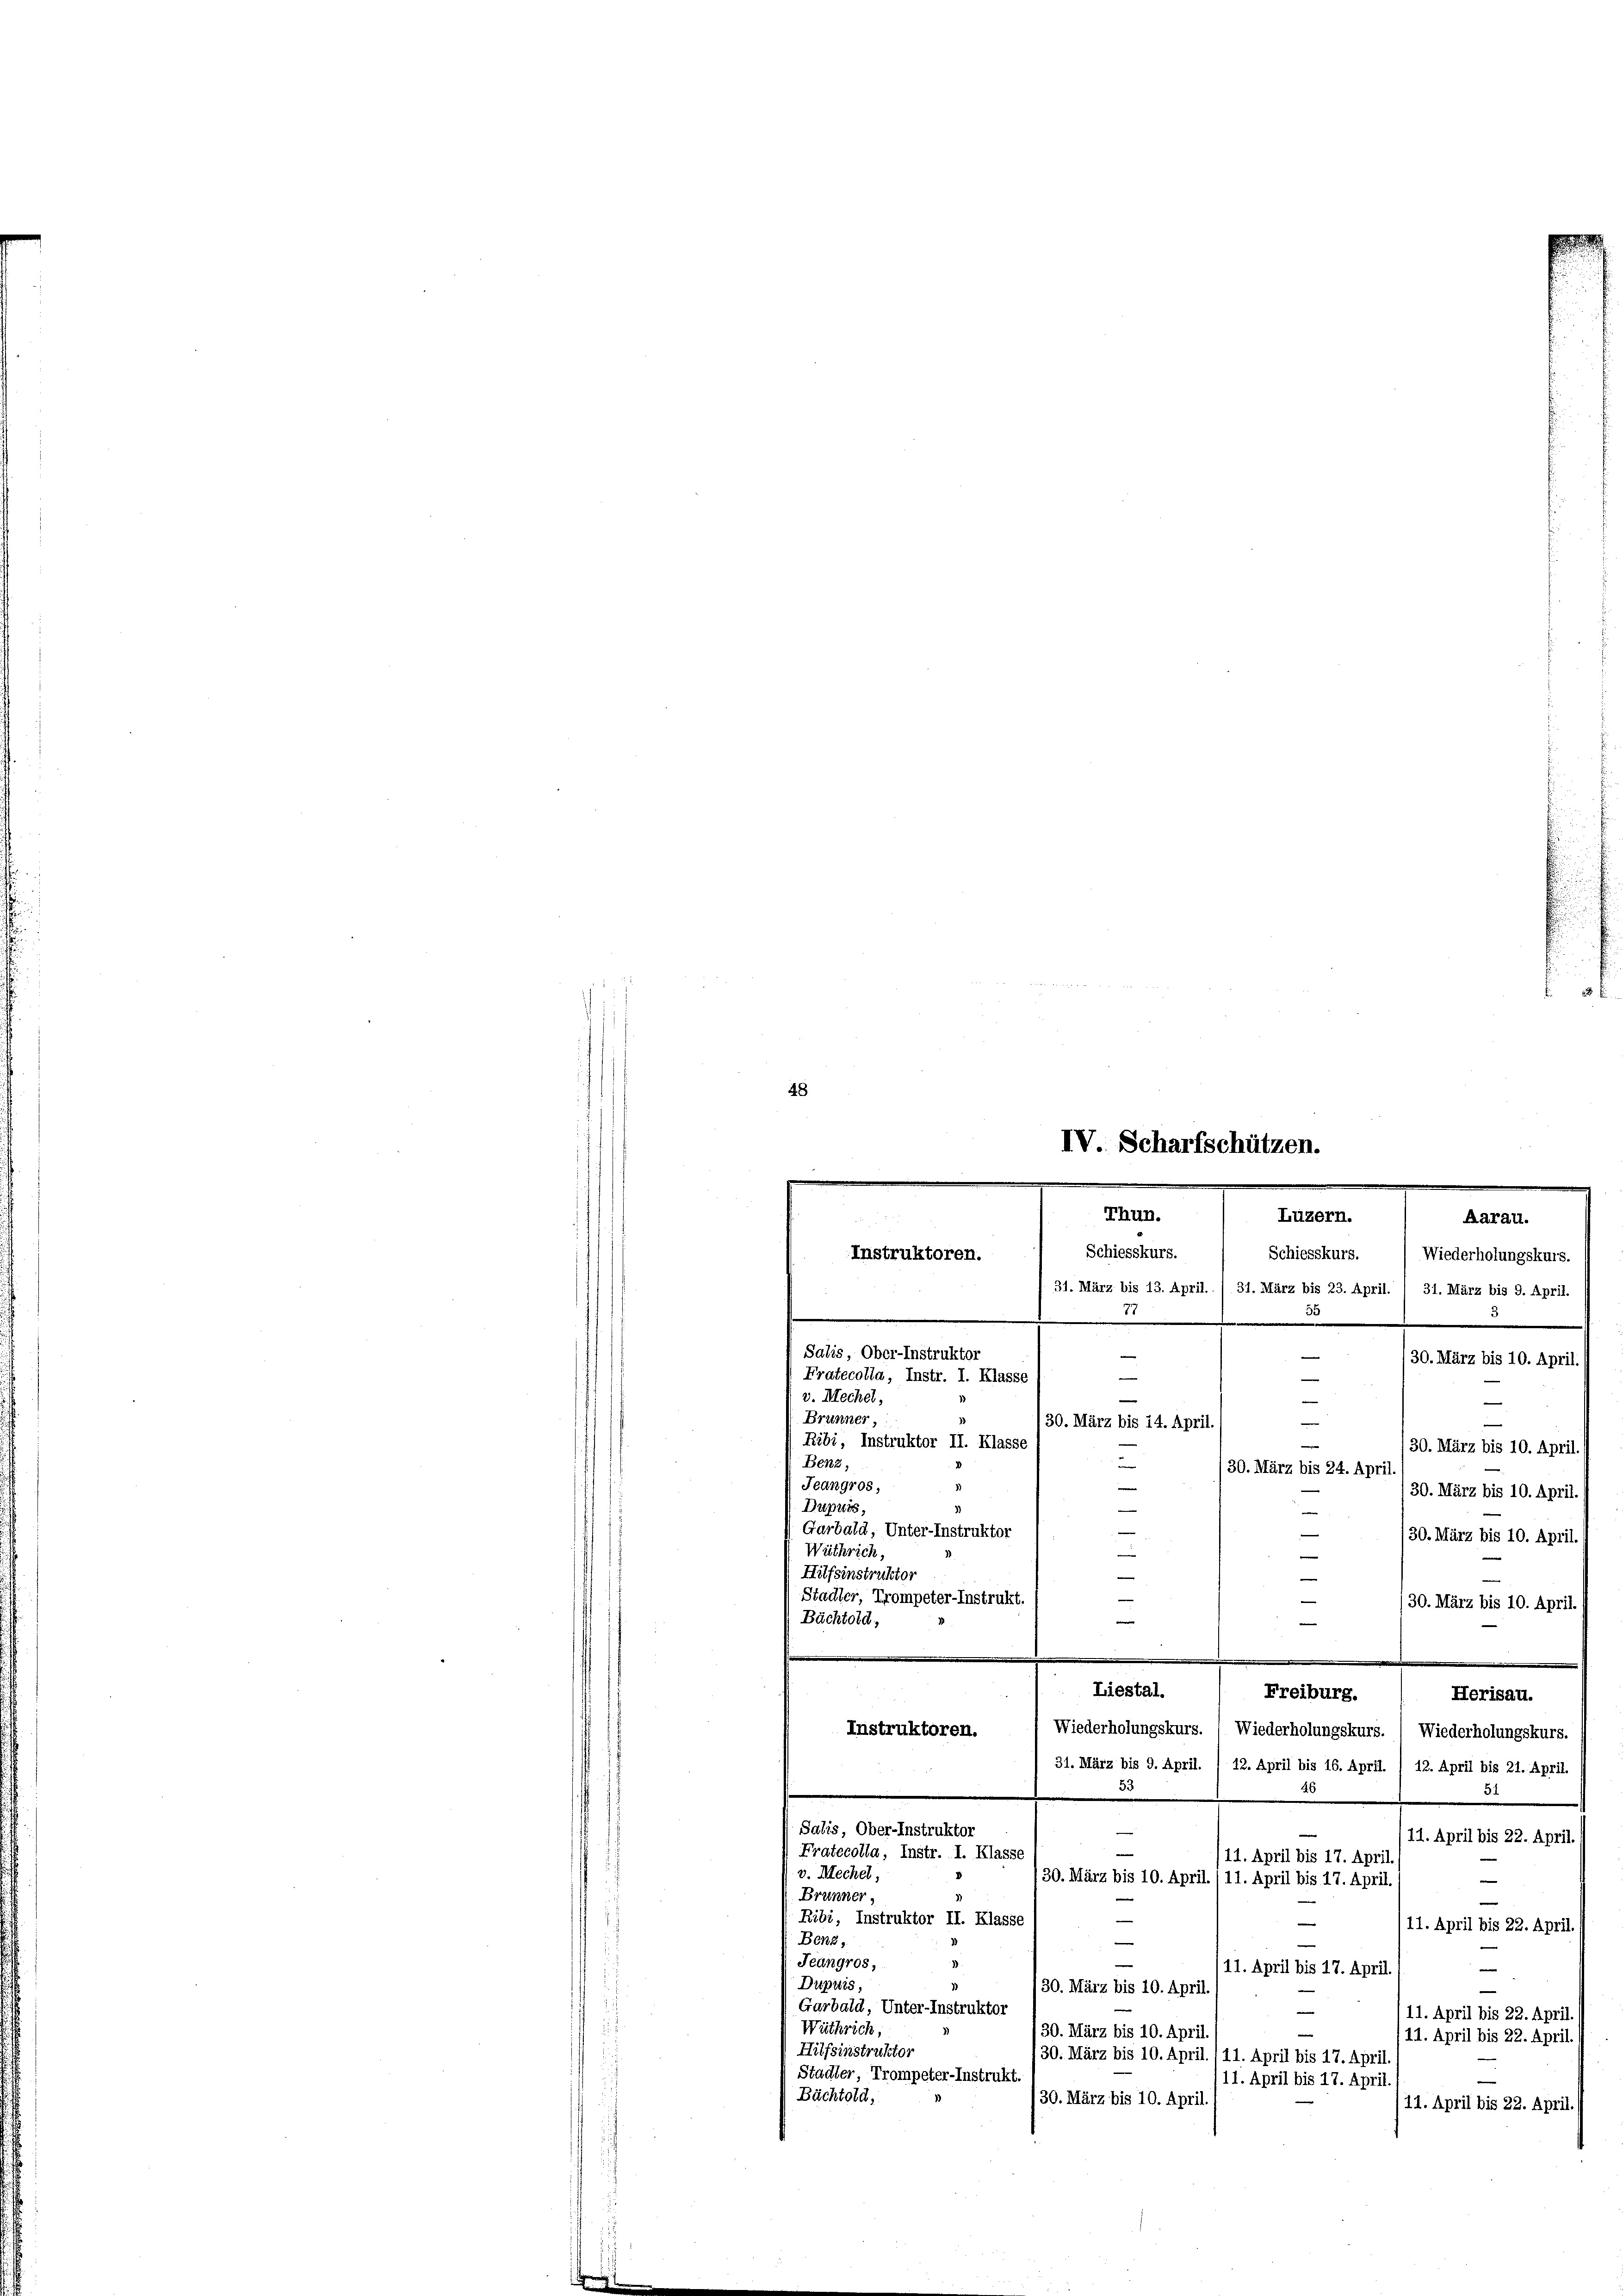
48
IV. Scharfschützen.

v. Mechel,
Brunner,
130. März bis 14. April
e
30. März bis 10. April.
n
30. März bis 24. April.
30. März bis 10. April.
¬
e
“
/30. März bis 10. April
i
e
—
/30. März bis 10. April.
Liestal.
Freiburg.
Herisau.
Instruktoren. ( Wiederholungskurs. ( Wiederholungskurs. Wiederholungskurs.
31. März bis 9. April. / 12. April bis 16. April. /12. April bis 21. April.
53
91
Salis, Ober-Instruktor
11. April bis 22. April.
Pratecolla, Instr. I. Klasse
/11. April bis 17. April
v. Mechel,
30. März bis 10. April./11. April bis 17. April.
e
Brunner,
Ribi, Instruktor II. Klasse
—
11. April bis 22. April
Benz,
e
Jeangros,
¬
11. April bis 17. April
Dupuis,
30. März bis 10. April.
Garbald, Unter-Instruktor

(11. April bis 22. April.
Wüthrich,
30. März bis 10. April.
—
11. April bis 22. April.
Hilfsinstruktor
30. März bis 10. April./11. April bis 17. April
Stadler, Trompeter-Instrukt.
11. April bis 17. April
.
Bächtold,
130. März bis 10. April
11. April bis 22. April.

.
.

Thun.
Luzern.
Aarau.
Schiesskurs.
Instruktoren.
Schiesskurs. Wiederholungskurs.
31. März bis 13. April. / 31. März bis 23. April. 1 31. März bis 9. April.
35
1
Salis, Ober-Instruktor
e
30. März bis 10. April.
Fratecolla, Instr. I. Klasse
—

Ribi, Instruktor II. Klasse
Benz,
Jeangros,
Dupuis,
Garbald, Unter-Instruktor
Wüthrich,
Hilfsinstruktor
Stadler, Trompeter-Instrukt.
Bächtold,